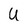
Character: U